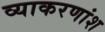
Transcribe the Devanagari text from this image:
व्याकरणांश